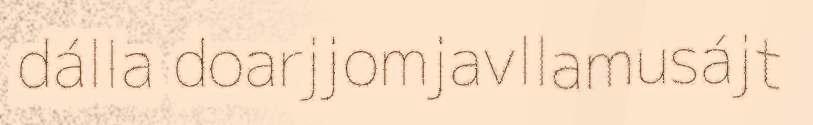
dálla doarjjomjavllamusájt